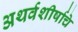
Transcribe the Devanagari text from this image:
अथर्वशीर्षाचे